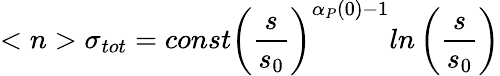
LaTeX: <n>\sigma_{tot}=const\left({\frac{s}{s_{0}}}\right)^{\alpha_{P}(0)-1}ln\left({\frac{s}{s_{0}}}\right)